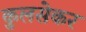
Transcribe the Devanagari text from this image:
कुलसेकर